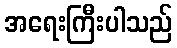
အရေးကြီးပါသည်